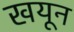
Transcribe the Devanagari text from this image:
खयून